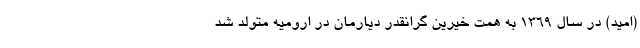
(امید) در سال 1369 به همت خیرین گرانقدر دیارمان در ارومیه متولد شد